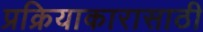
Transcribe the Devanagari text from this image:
प्रक्रियाकारासाठी